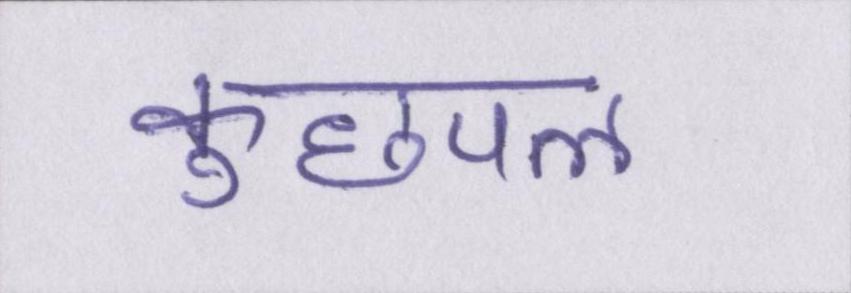
कुछपल